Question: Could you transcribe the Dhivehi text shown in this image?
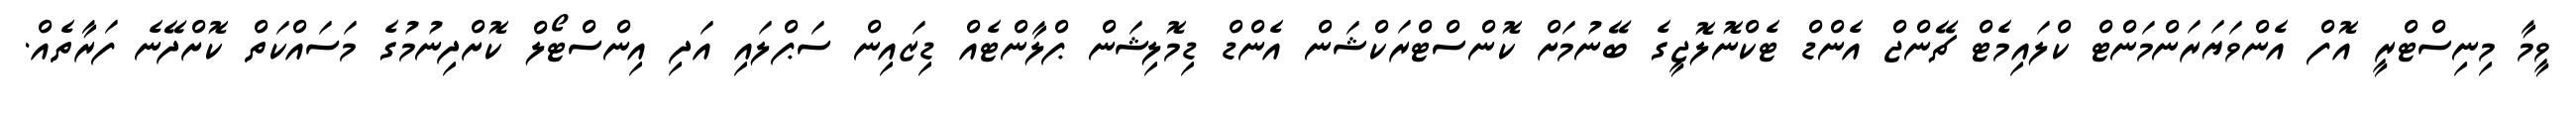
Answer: ވީމާ މިނިސްޓްރީ އޮފް އެންވަޔަރަންމަންޓް ކްލައިމެޓް ޗޭންޖް އެންޑް ޓެކްނޮލޮޖީގެ ބޭނުމަށް ކޮންސްޓްރަކްޝަން އެންޑް ޑިމޮލިޝަން ޕްލާންޓެއް ޑިޒައިން ސަޕްލައި އަދި އިންސްޓޯލް ކޮށްދިނުމުގެ މަސައްކަތް ކޮށްދޭނެ ފަރާތެއް.